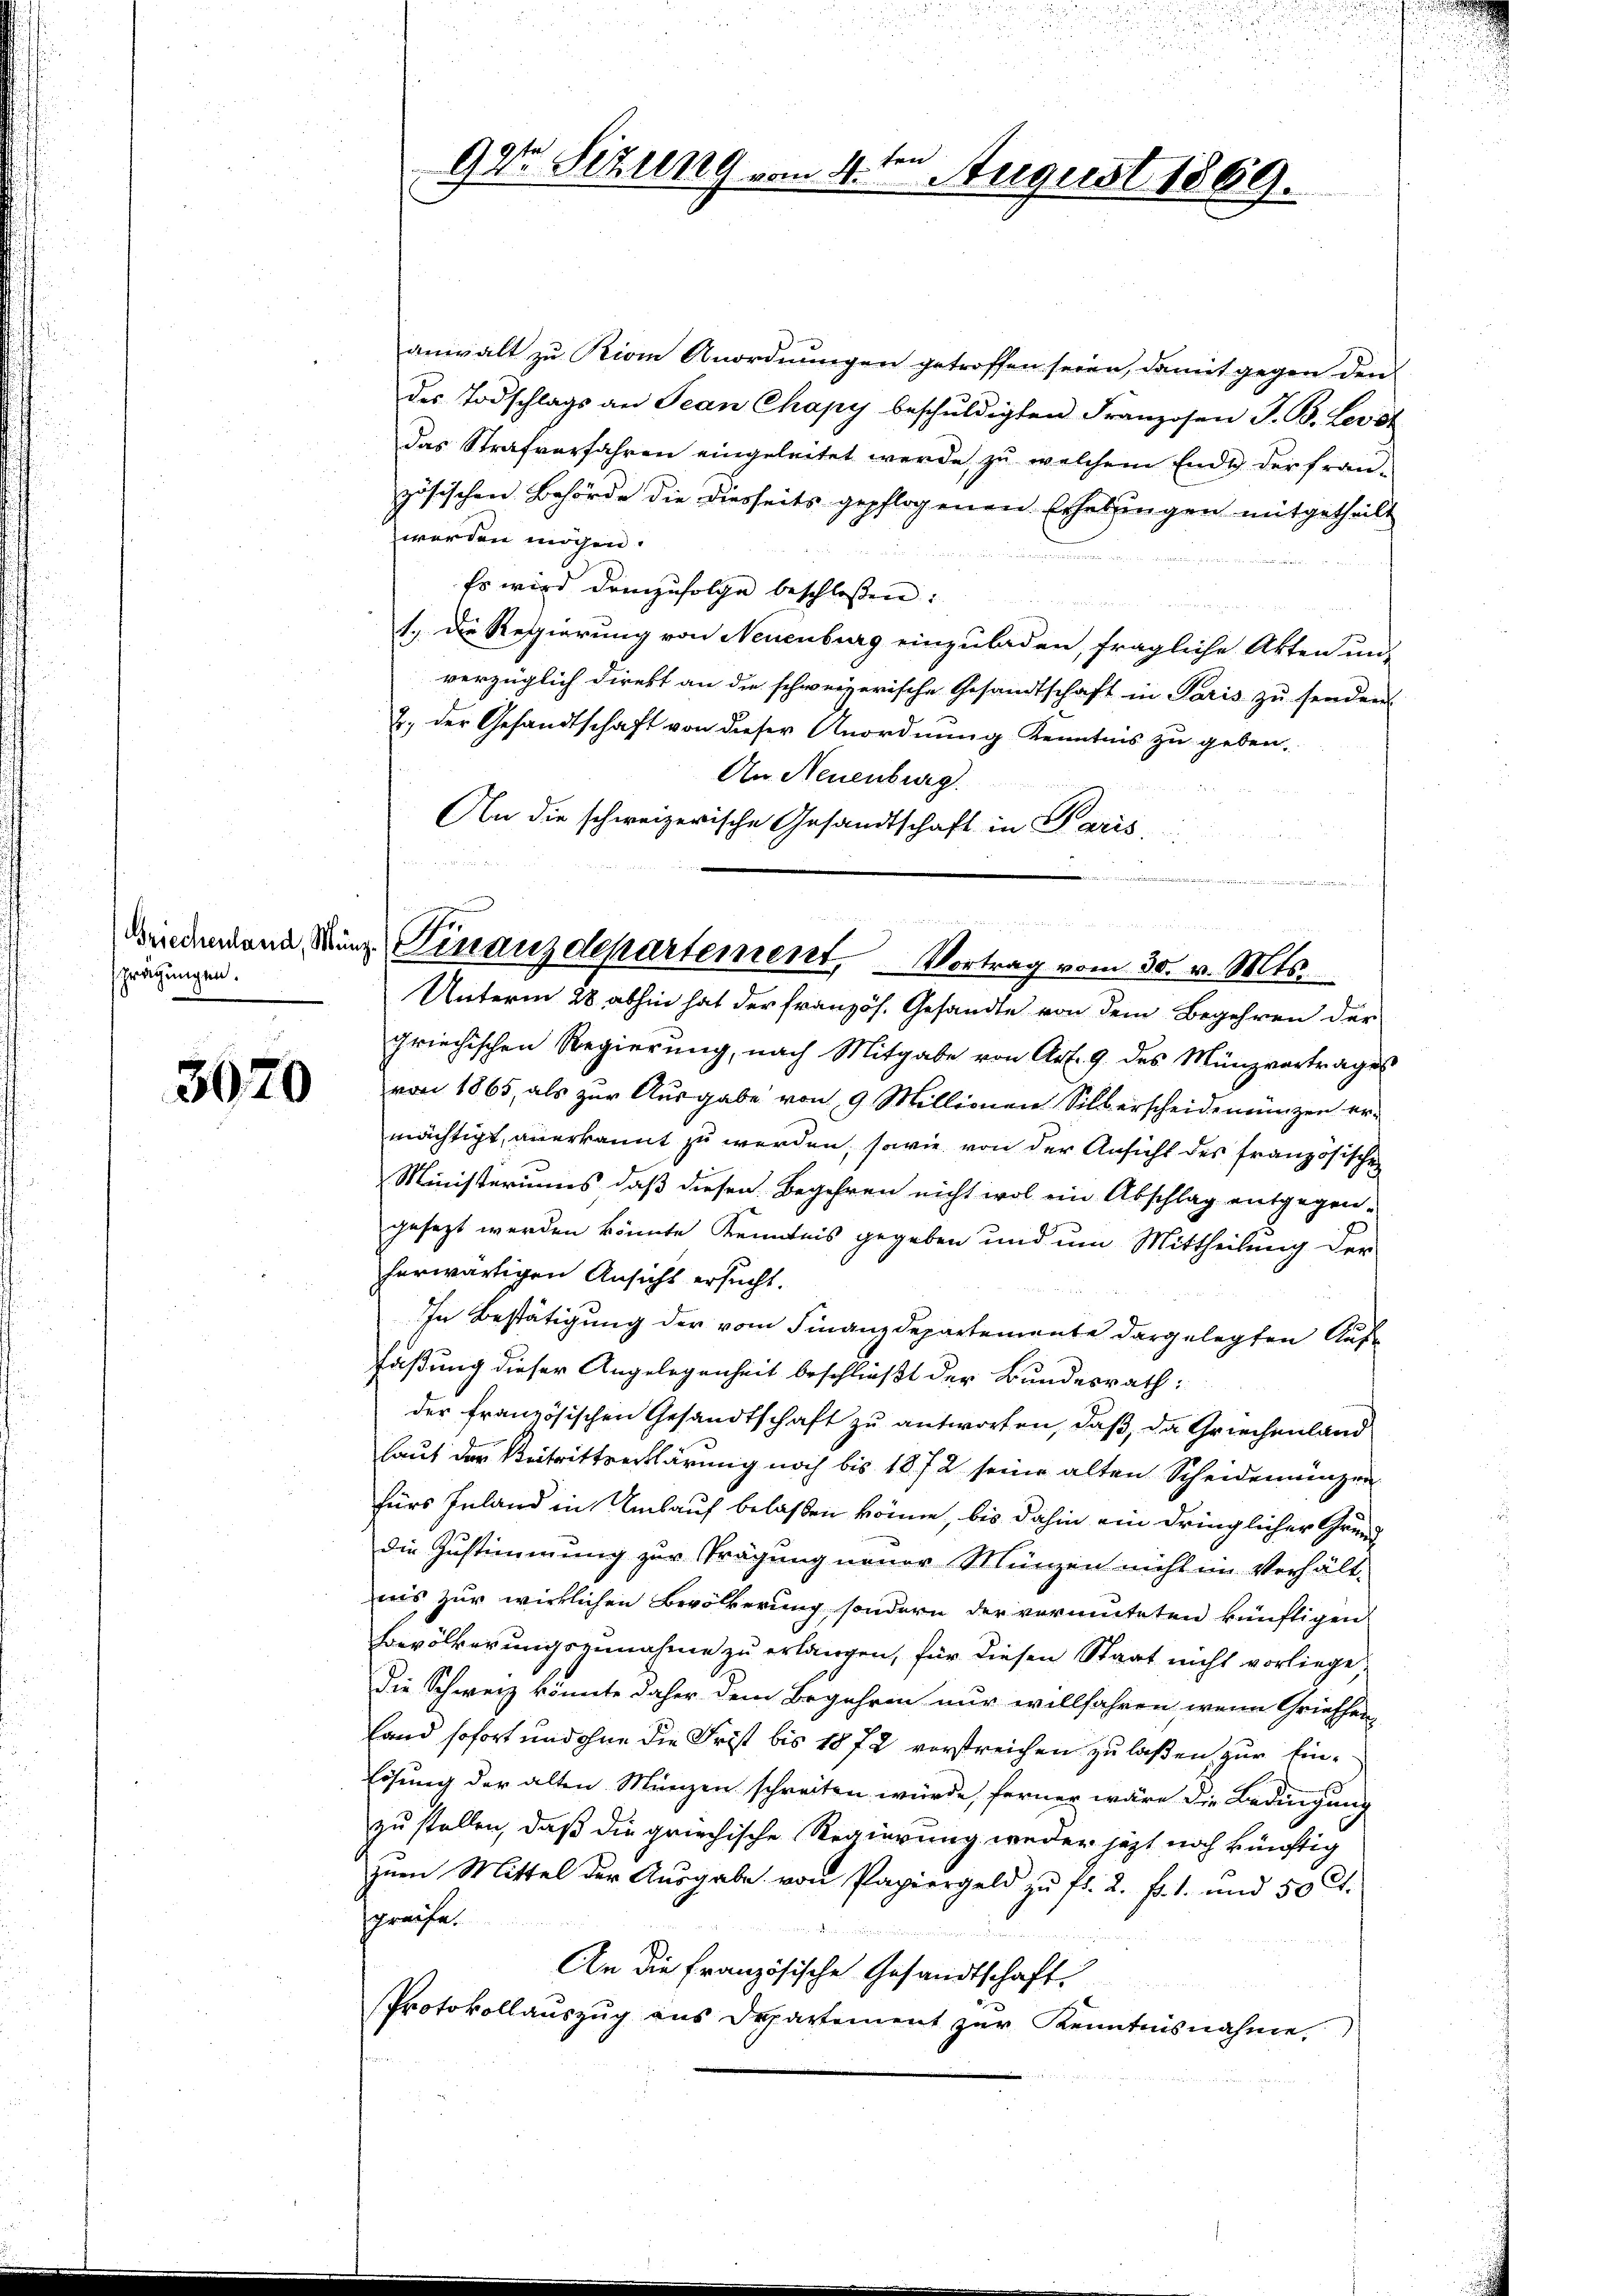
prägungen.

3020

anwalt zu Riom Anordnungen getroffen seien, damit gegen den
des Todschlags an Jean Chapy beschŭldigten Franzosen S. B. Leist
Das Strafverfahren eingeleitet werde, zu welchem Ende der fran-
zösischen Behörde die diesseits gepflogenen Erhebungen mitgetheilt
werden möchen.
Es wird demzufolge beschlossen:
1.) Die Respierung von Neuenburg einzuladen, fragliche Akten un-
verzüglich direkt an die schweizerische Gesandtschaft in Paris zu senden
2. der Gesandtschaft von dieser Anordnung Kenntnis zu geben.
An Neuenburg
An die schweizerische Gesandtschaft in Paris

Unterm 28. abhin hat der französ. Gesandte von dem Begehren der
griechischen Regierung, nach Mitgabe von Art. 9 des Münzvertrages
von 1865, als zur Ausgabe von 9 Millionen Silberscheidemünzen ermächtigt, anerkannt zu werden, sowie von der Ansicht des französischen
Ministeriums, daß diesen Begehren nicht wol ein Abschlag entgegen-
gesezt werden könnte Kenntnis gegeben und um Mittheilung der
herwärtigen Ansicht ersucht.
In Bestätigung der vom Finanzdepartemente dargelegten Auffaßung dieser Angelegenheit beschließt der Bundesrath:
der französischen Gesandtschaft zu antworten, daß, da Griechenland
laut der Beitrittserklärung noch bis 1872 seine alten Scheidemünzen
fürs Inland in Ankauf belassen könne, bis dahin ein dringlicher Grunddie Zustimmung zur Prägung neuer Münzen nicht im Verhält-
nis zur wirklichen Bevölkerung sondern der vermuteten künftigen
Bevölkerungszunahme zu erlangen, für diesen Staat nicht vorliege,
Die Schweiz könnte daher dem Begehren nur willfahren, wenn Griessen
land sofort und ohne die Frist bis 1872 verstreichen zu laßen zur Ein¬
Lösung der alten Münzen schreiten würde, ferner wäre die Bedingung
zu stellen, daß die griechische Regierung weder jetzt noch künftig
zum Mittel der Aŭsgabe von Papiergeld zŭ fr. 2. fr. 1. und 50 Ct.
spreche.

An die Französische Gesandtschaft
Protokollauszug aus Departement zur Kenntnisnahme.

ten
92te Sitzung vom 4. August 1869.

n
bindendann in Finanzdepartement, Vortrag vom 30. v. Mts.